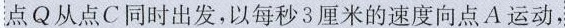
点Q从点C同时出发，以每秒3厘米的速度向点A运动，